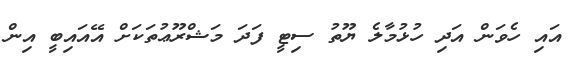
އައި ހެވަން އަދި ހުޅުމާލެ ޔޫތު ސިޓީ ފަދަ މަޝްރޫޢުތަކަށް އޭއައިބީ އިން